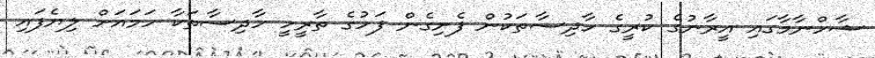
ޝާހްނާމާގައި އީރާނުގެ ކުރީގެ ހާދިސާތަކުން ފެށިގެން ފަހުގެ ތާރީހީ ހާދިސާތަކާ ހަމައަށް ލިޔެފައި